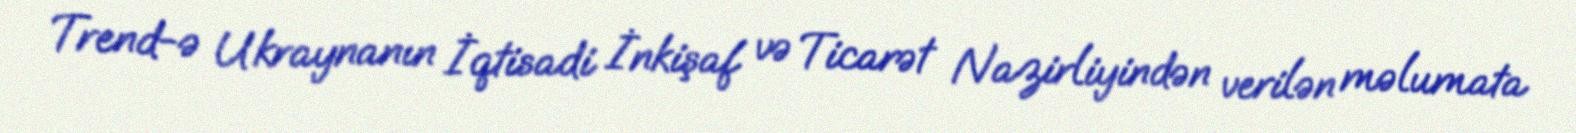
Trend-ə Ukraynanın İqtisadi İnkişaf və Ticarət Nazirliyindən verilən məlumata